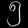
Digit: ၅